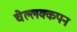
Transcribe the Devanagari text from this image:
चेल्लक्कपन